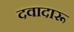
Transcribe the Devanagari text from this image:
दवादारू